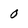
Character: 0